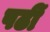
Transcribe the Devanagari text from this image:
पढीं